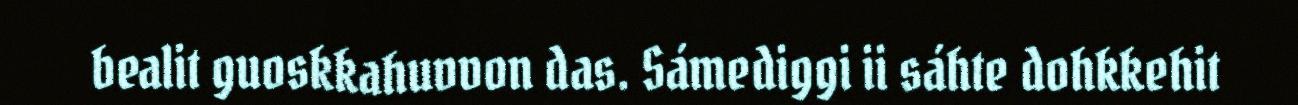
bealit guoskkahuvvon das. Sámediggi ii sáhte dohkkehit